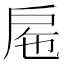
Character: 𢨹